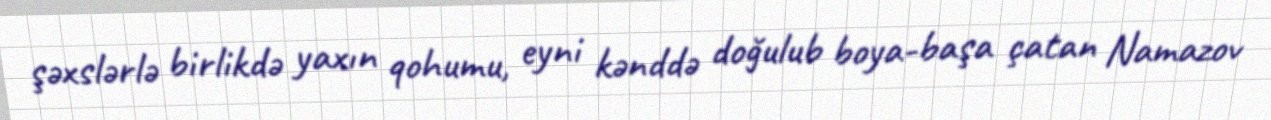
şəxslərlə birlikdə yaxın qohumu, eyni kənddə doğulub boya-başa çatan Namazov